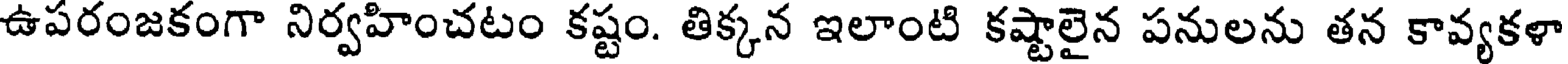
ఉపరంజకంగా నిర్వహించటం కష్టం. తిక్కన ఇలాంటి కష్టాలైన పనులను తన కావ్యకళా